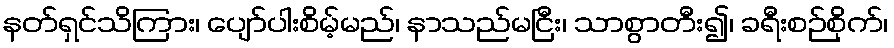
နတ်ရှင်သိကြား၊ ပျော်ပါးစိမ့်မည်၊ နာသည်မငြီး၊ သာစွာတီး၍၊ ခရီးစဉ်စိုက်၊